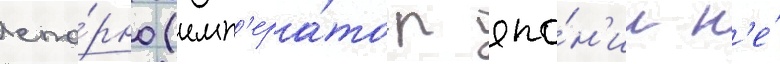
спо́рно (имп'ера́тор япо́н'ии н'е́